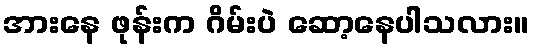
အားနေ ဖုန်းက ဂိမ်းပဲ ဆော့နေပါသလား။